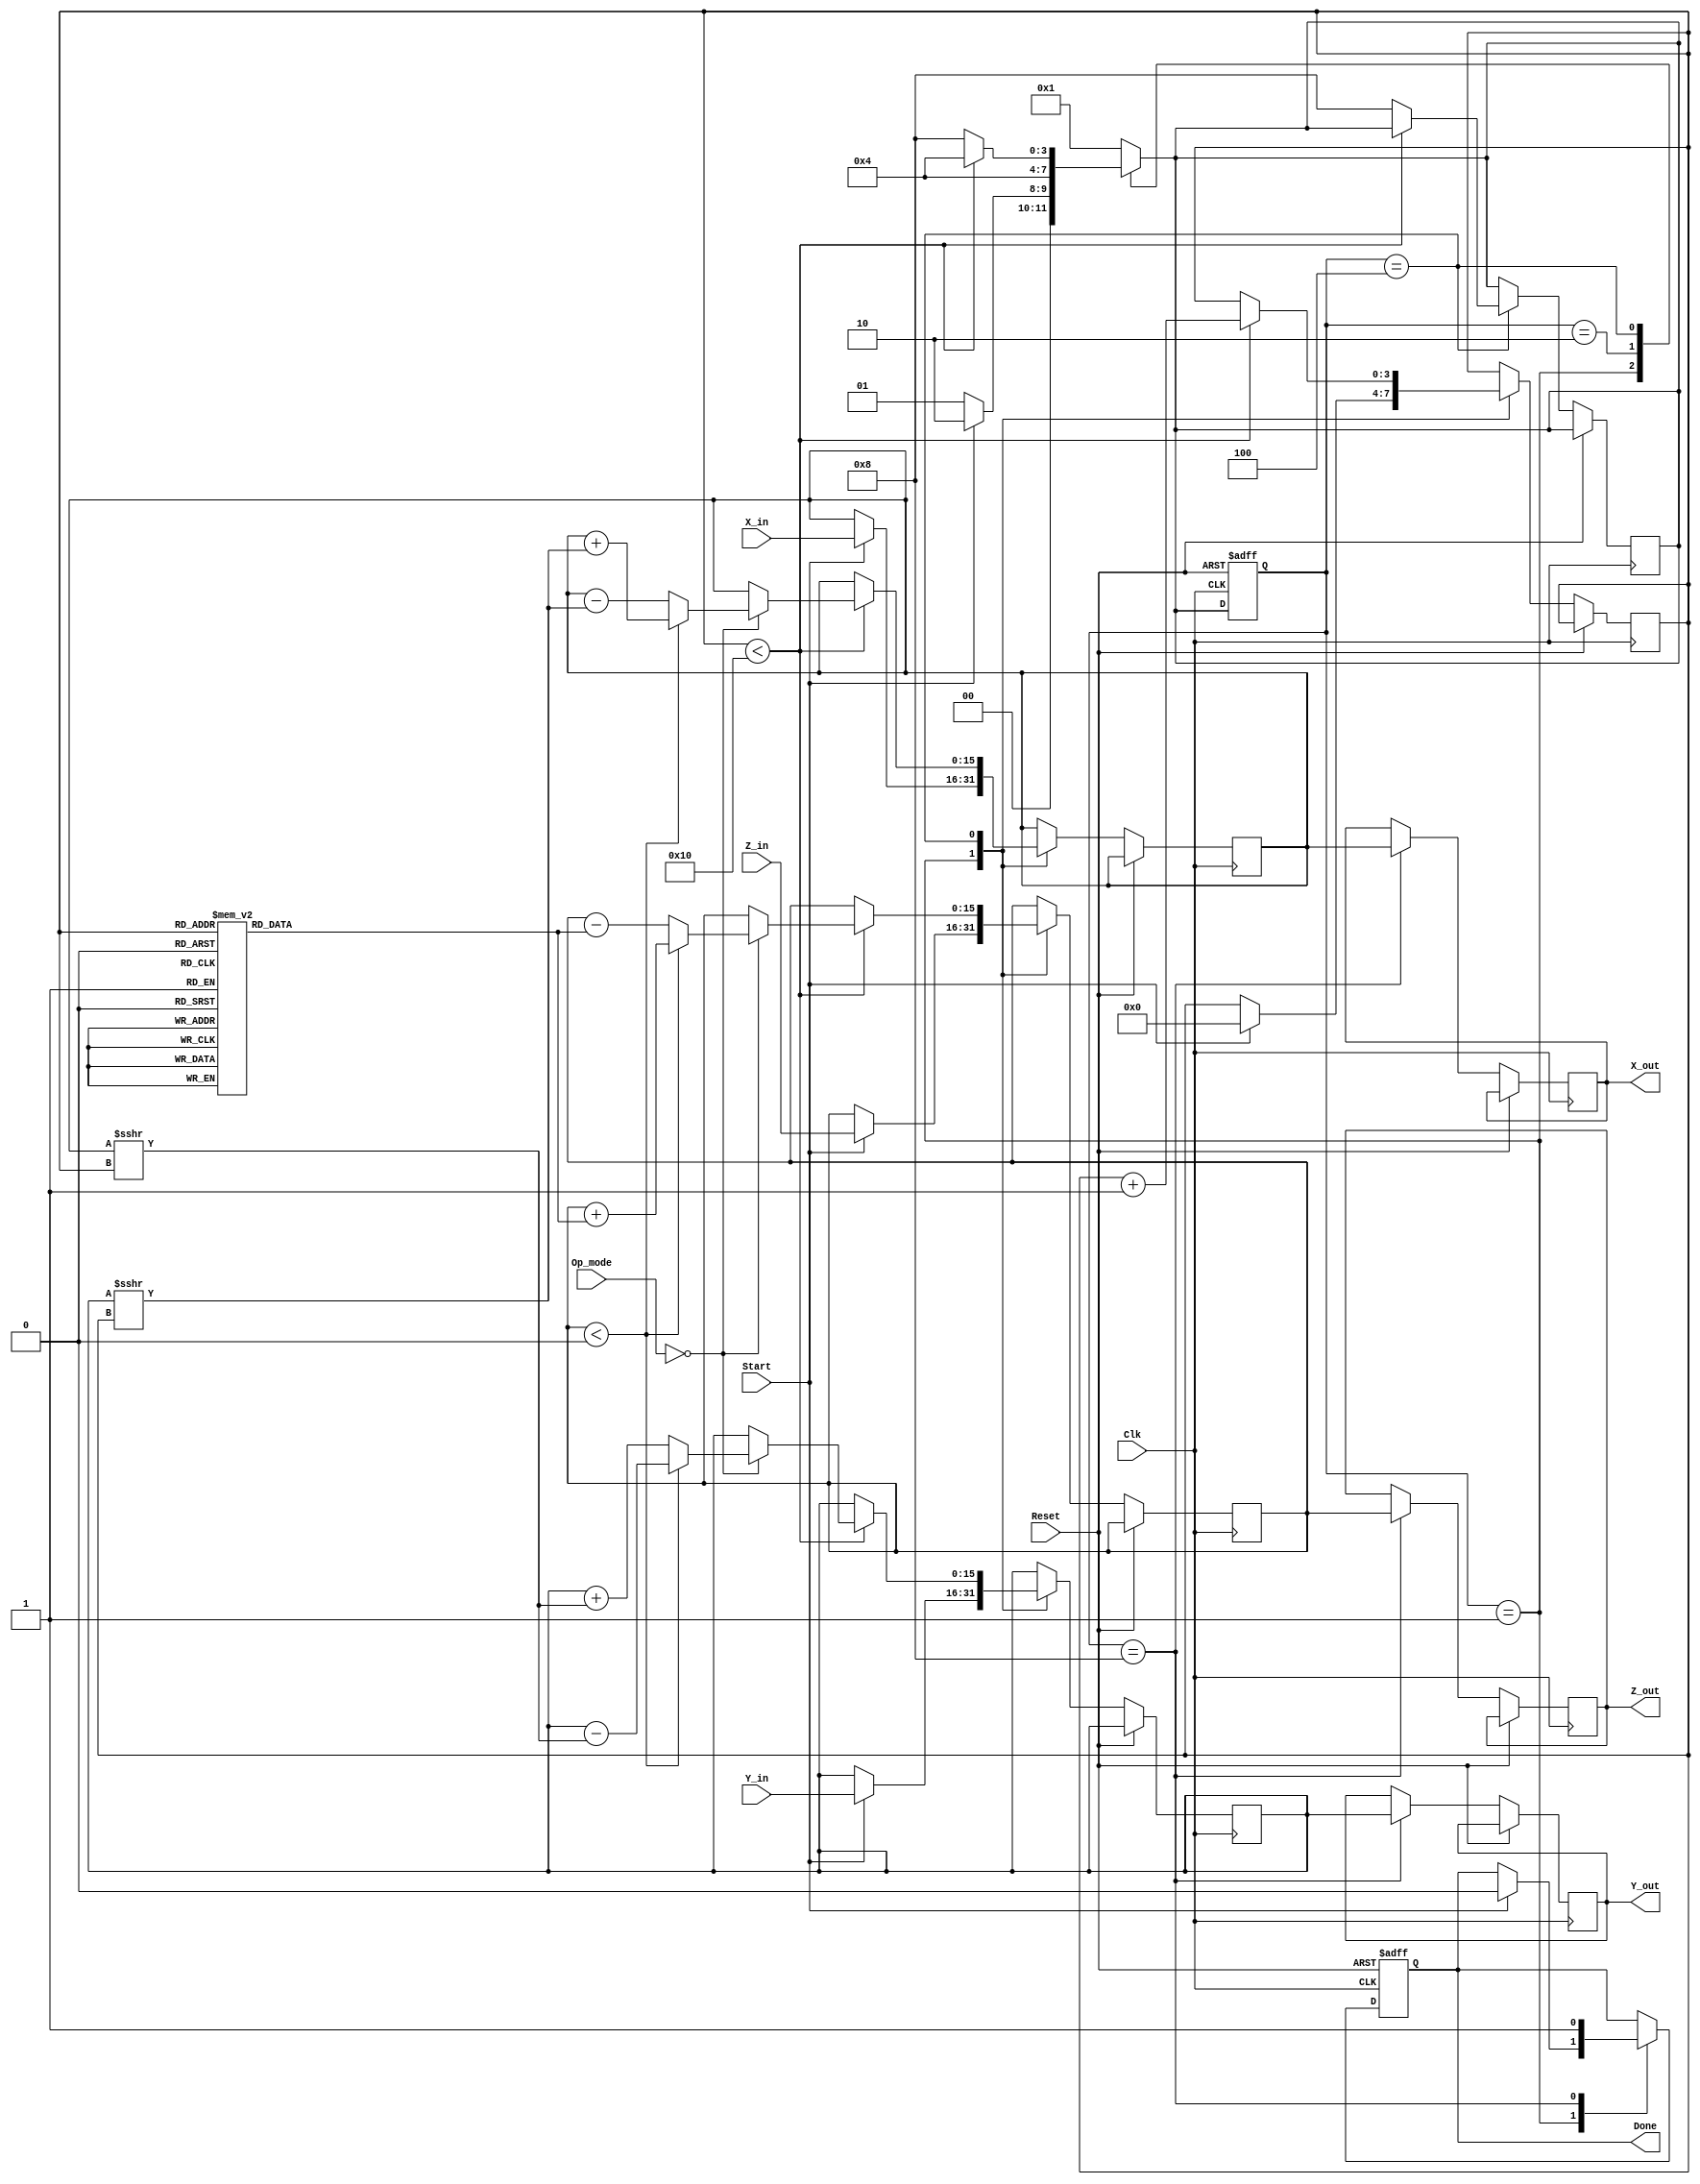
module Unified_CORDIC (
    input wire signed [15:0] X_in,   // Input vector X
    input wire signed [15:0] Y_in,   // Input vector Y
    input wire signed [15:0] Z_in,   // Input angle Z
    input wire [2:0] Op_mode,        // Operation mode selector
    input wire Start,                 // Signal to initiate computation
    input wire Clk,                   // Clock signal
    input wire Reset,                 // Asynchronous reset
    output reg signed [15:0] X_out,   // Output vector X
    output reg signed [15:0] Y_out,   // Output vector Y
    output reg signed [15:0] Z_out,   // Output angle Z
    output reg Done                   // Signal indicating completion
);

    // Define parameters
    parameter NUM_ITERATIONS = 16;   // Number of CORDIC iterations
    parameter ANGLE_WIDTH = 16;       // Width of angle representation
    parameter FIXED_POINT_WIDTH = 16; // Width of fixed-point numbers

    // Internal signals
    reg signed [FIXED_POINT_WIDTH-1:0] X_reg, Y_reg, Z_reg;
    reg [3:0] state, next_state;
    reg [3:0] iteration_count;
    
    // Angle table (example for 16 iterations)
    reg signed [ANGLE_WIDTH-1:0] angle_table [0:NUM_ITERATIONS-1];

    initial begin
        // Initialize angle table (in radians)
        angle_table[0] = 16'h1C71; // atan(2^-0)
        angle_table[1] = 16'h1B74; // atan(2^-1)
        angle_table[2] = 16'h1A3D; // atan(2^-2)
        angle_table[3] = 16'h189F; // atan(2^-3)
        // ... (fill in remaining angles)
    end

    // State encoding
    localparam IDLE           = 4'b0001;
    localparam INIT           = 4'b0010;
    localparam ITERATE        = 4'b0100;
    localparam COMPLETE       = 4'b1000;

    // Sequential logic for state transition and output generation
    always @(posedge Clk or posedge Reset) begin
        if (Reset) begin
            state <= IDLE;
            Done <= 0;
        end else begin
            state <= next_state;
            case (state)
                IDLE: begin
                    if (Start) begin
                        X_reg <= X_in;
                        Y_reg <= Y_in;
                        Z_reg <= Z_in;
                        iteration_count <= 0;
                        Done <= 0;
                    end
                end
                INIT: begin
                    // Initialization logic if needed
                end
                ITERATE: begin
                    // Perform CORDIC rotation or vectoring logic
                    if (iteration_count < NUM_ITERATIONS) begin
                        // CORDIC computation based on Op_mode
                        case (Op_mode)
                            3'b000: begin // Rotation Mode
                                // Perform rotation calculation
                                if (Z_reg < 0) begin
                                    X_reg <= X_reg + (Y_reg >>> iteration_count);
                                    Y_reg <= Y_reg - (X_reg >>> iteration_count);
                                    Z_reg <= Z_reg + angle_table[iteration_count];
                                end else begin
                                    X_reg <= X_reg - (Y_reg >>> iteration_count);
                                    Y_reg <= Y_reg + (X_reg >>> iteration_count);
                                    Z_reg <= Z_reg - angle_table[iteration_count];
                                end
                            end
                            // Other operation modes can be implemented here
                        endcase
                        iteration_count <= iteration_count + 1;
                    end else begin
                        next_state <= COMPLETE;
                    end
                end
                COMPLETE: begin
                    X_out <= X_reg;
                    Y_out <= Y_reg;
                    Z_out <= Z_reg;
                    Done <= 1;
                end
            endcase
        end
    end

    // Next state logic
    always @(*) begin
        case (state)
            IDLE: begin
                next_state = (Start) ? INIT : IDLE;
            end
            INIT: begin
                next_state = ITERATE;
            end
            ITERATE: begin
                next_state = (iteration_count < NUM_ITERATIONS) ? ITERATE : COMPLETE;
            end
            COMPLETE: begin
                next_state = IDLE;
            end
            default: next_state = IDLE;
        endcase
    end

endmodule